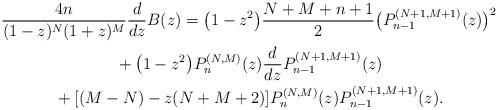
\begin{gather*} \frac{4n}{(1-z) ^{N}(1+z) ^{M}}\frac{d}{dz}B ( z ) = \big( 1-z^{2}\big) \frac{N+M+n+1}{2}\big( P_{n-1}^{ ( N+1,M+1 ) }(z) \big) ^{2} \\ {}+\big( 1-z^{2}\big) P_{n}^{(N,M) }(z) \frac{d}{ dz}P_{n-1}^{(N+1,M+1) }(z) \\ {}+ [ (M-N)-z ( N+M+2 ) ] P_{n}^{(N,M) }(z) P_{n-1}^{(N+1,M+1) }(z) .\end{gather*}